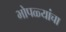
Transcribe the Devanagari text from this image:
भोपळ्यांचा